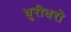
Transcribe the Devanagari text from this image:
धुरीधरो